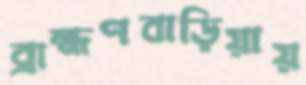
ব্রাহ্মণবাড়িয়ায়